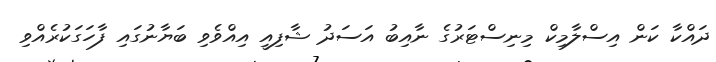
ދައްކާ ކަން އިސްލާމިކް މިނިސްޓަރުގެ ނާއިބު އަސަދު ޝާފިއީ އިއްވެވި ބަޔާނުގައި ފާހަގަކުރެއްވި